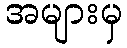
အများမှ